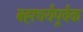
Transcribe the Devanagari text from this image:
बह्मचर्यपूर्वक